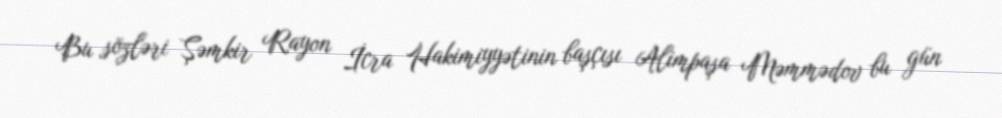
Bu sözləri Şəmkir Rayon İcra Hakimiyyətinin başçısı Alimpaşa Məmmədov bu gün